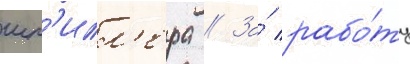
шп'илл'ера // За́ рабо́ту